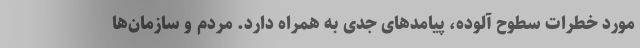
مورد خطرات سطوح آلوده، پیامدهای جدی به همراه دارد. مردم و سازمان‌ها